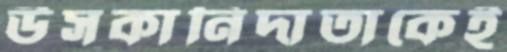
উসকানিদাতাকেই